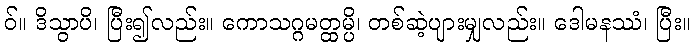
ဝ်။ ဒိသွာပိ၊ ပြီး၍လည်း။ ကောသဂ္ဂမတ္ထမ္ပိ၊ တစ်ဆဲ့ပျားမျှလည်း။ ဒေါမနဿံ၊ ပြီး။